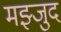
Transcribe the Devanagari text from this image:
मझ्जुद